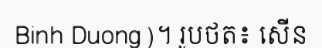
Binh Duong)។ រូបថត៖ សើន